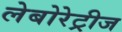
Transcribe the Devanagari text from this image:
लेबोरेट्रीज